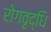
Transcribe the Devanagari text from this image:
रोगवृद्धि